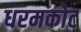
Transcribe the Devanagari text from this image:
धरमकोट